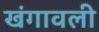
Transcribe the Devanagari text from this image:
खंगावली